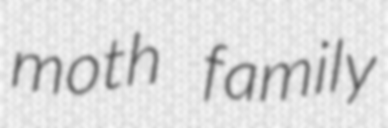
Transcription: moth family